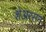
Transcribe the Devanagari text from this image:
शेअरसन